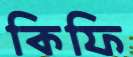
কিফি